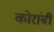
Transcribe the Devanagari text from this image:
कोरांबी